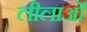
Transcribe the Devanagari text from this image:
लीलाओँ